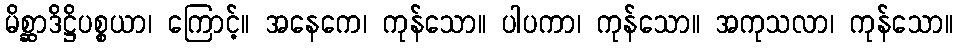
မိစ္ဆာဒိဋ္ဌိပစ္စယာ၊ ကြောင့်။ အနေကေ၊ ကုန်သော။ ပါပကာ၊ ကုန်သော။ အကုသလာ၊ ကုန်သော။